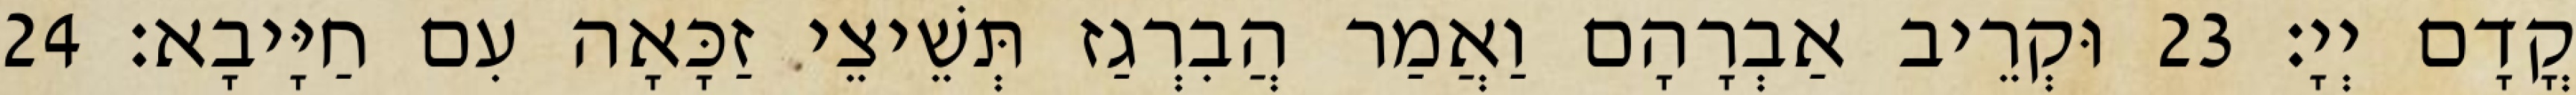
קֳדָם יְיָ׃ 23 וּקְרֵיב אַבְרָהָם וַאֲמַר הֲבִרְגַז תְּשֵׁיצֵי זַכָּאָה עִם חַיָּיבָא׃ 24